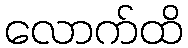
လောက်ထိ